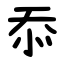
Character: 忝